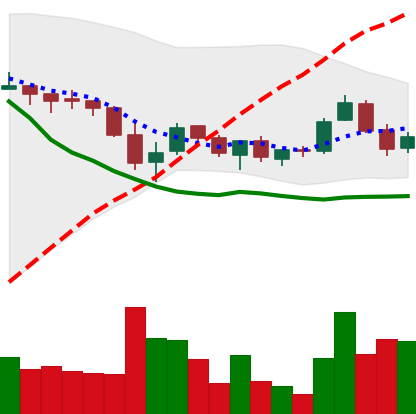
Ticker: TRX-USD
Chart end date: 2018-05-24
Forward return: -11.062%
Label: down_7plus